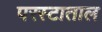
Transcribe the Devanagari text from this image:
परस्टाताल